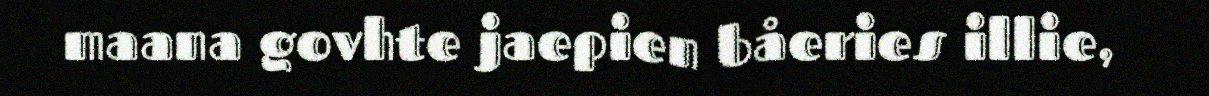
maana govhte jaepien båeries illie,